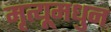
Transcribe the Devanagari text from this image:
मृत्यूमधुन